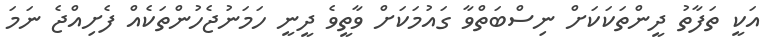
އަކީ ތަފާތު ދީންތަކަކަށް ނިސްބަތްވާ ގައުމަކަށް ވާތީވެ ދީނީ ހަމަނުޖެހުންތަކެއް ފެށިއްޖެ ނަމަ